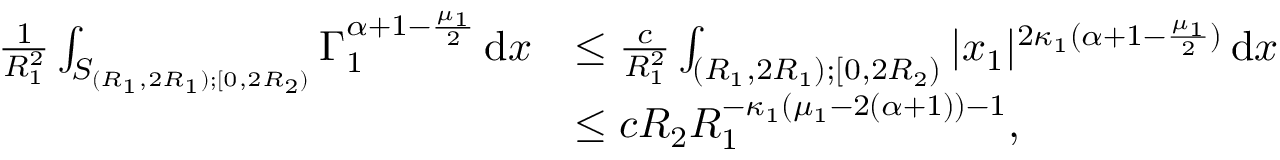
\begin{array} { r l } { \frac { 1 } { R _ { 1 } ^ { 2 } } \int _ { S _ { ( R _ { 1 } , 2 R _ { 1 } ) ; [ 0 , 2 R _ { 2 } ) } } \Gamma _ { 1 } ^ { \alpha + 1 - \frac { \mu _ { 1 } } { 2 } } \, \mathrm { d } x } & { \leq \frac { c } { R _ { 1 } ^ { 2 } } \int _ { ( R _ { 1 } , 2 R _ { 1 } ) ; [ 0 , 2 R _ { 2 } ) } | x _ { 1 } | ^ { 2 \kappa _ { 1 } ( \alpha + 1 - \frac { \mu _ { 1 } } { 2 } ) } \, \mathrm { d } x } \\ & { \leq c R _ { 2 } R _ { 1 } ^ { - \kappa _ { 1 } ( \mu _ { 1 } - 2 ( \alpha + 1 ) ) - 1 } , } \end{array}